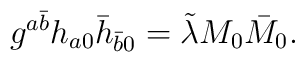
g^{a \bar{b}} h_{a0} \bar{h}_{\bar{b}0} = \tilde{\lambda}M_0 \bar{M}_0.